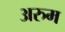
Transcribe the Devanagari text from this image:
अरुम